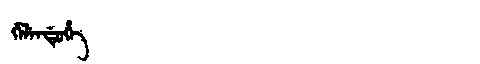
Manchu: ᡤᡝᠯᡝᠨᡩᡠᡥᡝ
Romanization: GELENDUHE